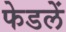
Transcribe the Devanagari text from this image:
फेडलें